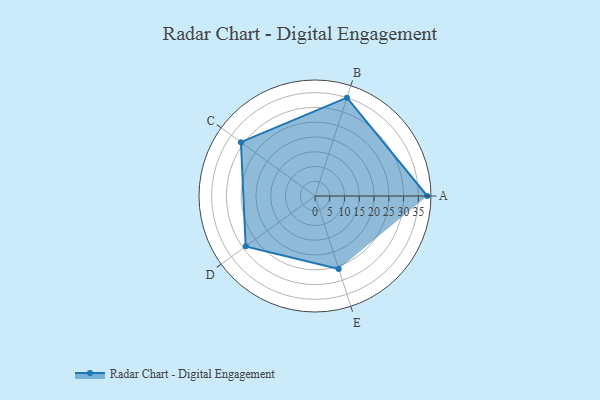
{"axis": {"x": "Skill", "y": "Score"}, "legend": ["Profile"], "data": [{"x": "A", "y": 38.0, "type": "Profile"}, {"x": "B", "y": 35.0, "type": "Profile"}, {"x": "C", "y": 31.0, "type": "Profile"}, {"x": "D", "y": 29.0, "type": "Profile"}, {"x": "E", "y": 26.0, "type": "Profile"}]}